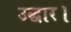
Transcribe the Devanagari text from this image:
उद्धार।